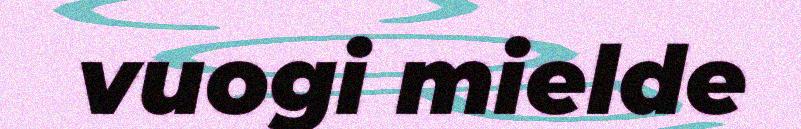
vuogi mielde